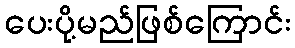
ပေးပို့မည်ဖြစ်ကြောင်း